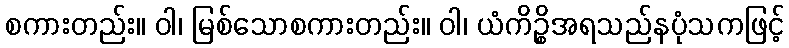
စကားတည်း။ ဝါ၊ မြစ်သောစကားတည်း။ ဝါ၊ ယံကိဉ္စိအရသည်နပုံသကဖြင့်